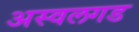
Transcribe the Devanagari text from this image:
अस्वलगड